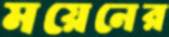
ময়েনের